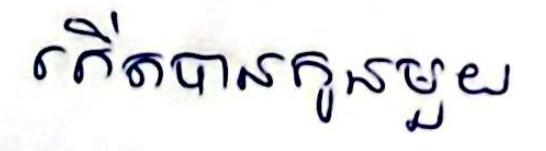
កើតបានកូនមួយ